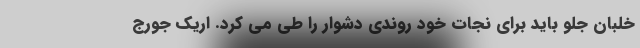
خلبان جلو باید برای نجات خود روندی دشوار را طی می کرد. اریک جورج